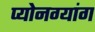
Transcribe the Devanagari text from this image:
प्योनग्यांग